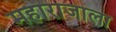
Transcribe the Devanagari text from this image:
महाराजाला